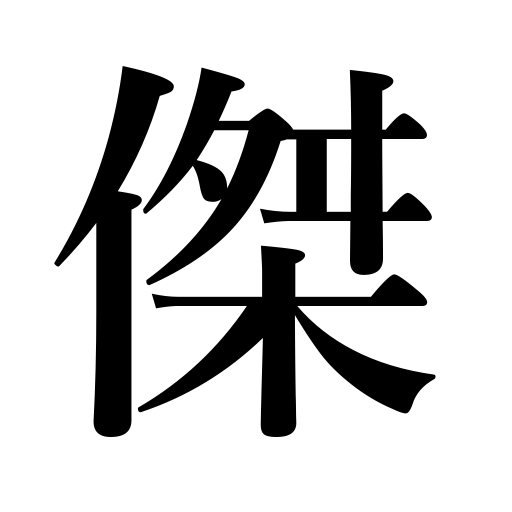
Meanings: excellent